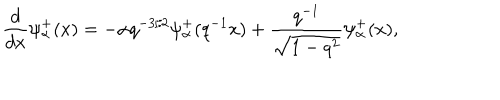
LaTeX: \frac { d } { d x } \psi _ { \alpha } ^ { + } ( x ) = - \alpha q ^ { - 3 / 2 } \psi _ { \alpha } ^ { + } ( q ^ { - 1 } x ) + \frac { q ^ { - 1 } } { \sqrt { 1 - q ^ { 2 } } } \psi _ { \alpha } ^ { + } ( x ) ,